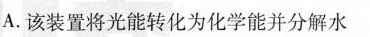
A.该装置将光能转化为化学能并分解水